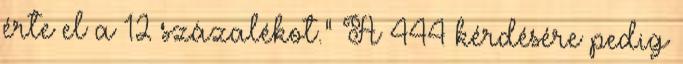
érte el a 12 százalékot.” A 444 kérdésére pedig